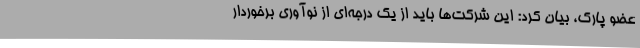
عضو پارک، بیان کرد: این شرکت‌ها باید از یک درجه‌ای از نوآوری برخوردار